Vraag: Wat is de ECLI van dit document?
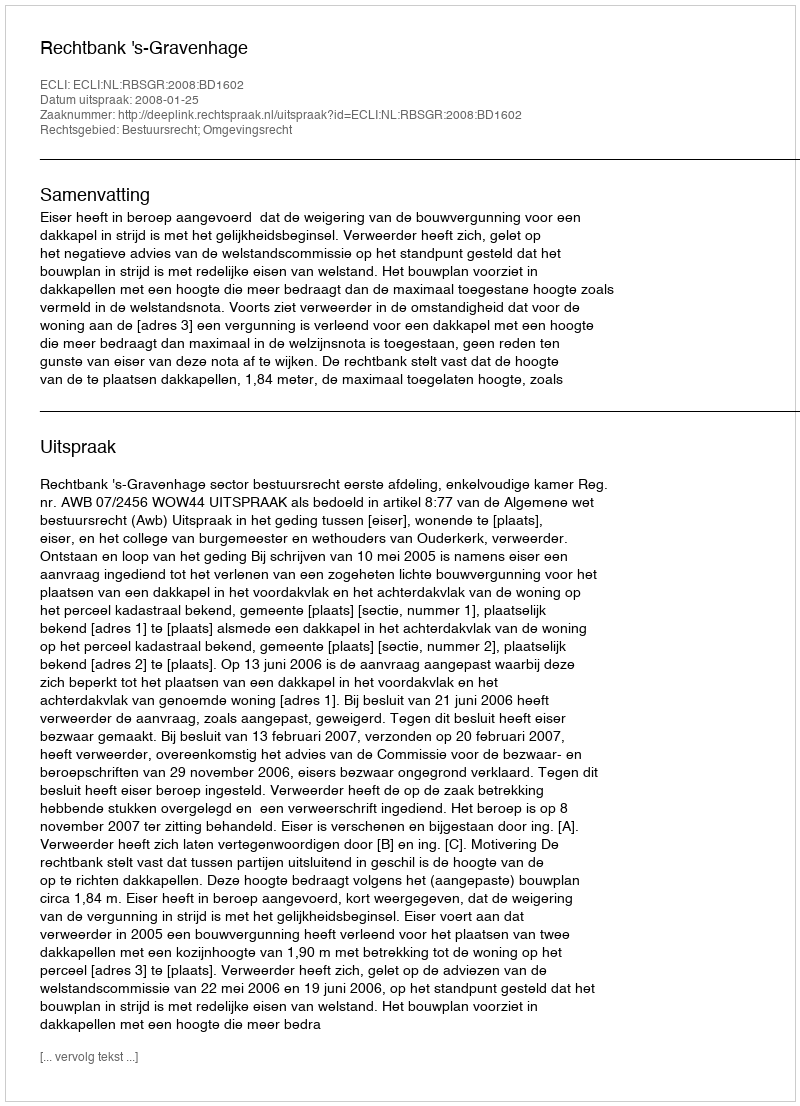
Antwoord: ECLI:NL:RBSGR:2008:BD1602